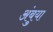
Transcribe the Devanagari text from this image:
अंबुया